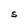
Character: S